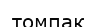
томпак